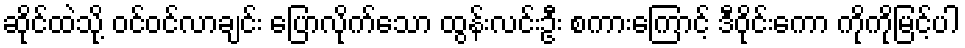
ဆိုင်ထဲသို့ ဝင်ဝင်လာချင်း ပြောလိုက်သော ထွန်းလင်းဦး စကားကြောင့် ဒီဝိုင်းကော ကိုကိုမြင့်ပါ